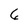
Character: 6